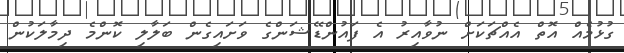
ގުޅުމެއް އޮތް އެއްޗަކަށް ނުވާއިރު އެ ފައުންޑޭޝަންގެ ވަށައިގެން ބަލާލި ކޮންމެ ދިމާލަކުން